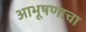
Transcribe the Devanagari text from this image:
आभूषणाचा